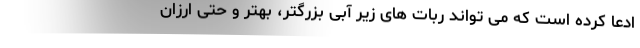
ادعا کرده است که می تواند ربات های زیر آبی بزرگتر، بهتر و حتی ارزان